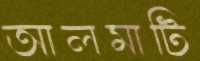
আলমাটি